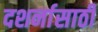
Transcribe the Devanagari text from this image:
दशर्नासाठी